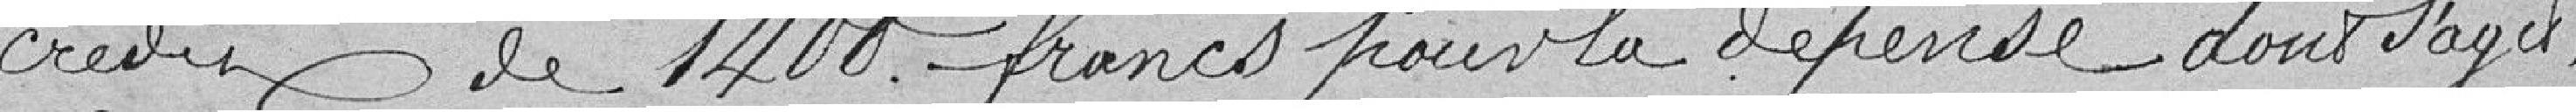
crédit de 1.400 francs pour la dépense dont s'agit